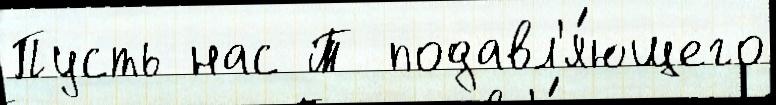
Пусть нас Т подавл'я́ющего